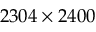
2 3 0 4 \times 2 4 0 0